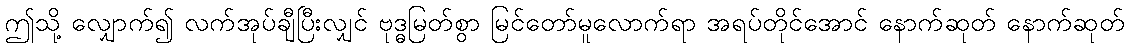
ဤသို့ လျှောက်၍ လက်အုပ်ချီပြီးလျှင် ဗုဒ္ဓမြတ်စွာ မြင်တော်မူလောက်ရာ အရပ်တိုင်အောင် နောက်ဆုတ် နောက်ဆုတ်